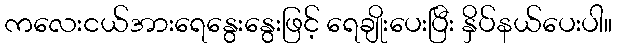
ကလေးငယ်အားရေနွေးနွေးဖြင့် ရေချိုးပေးပြီး နှိပ်နယ်ပေးပါ။